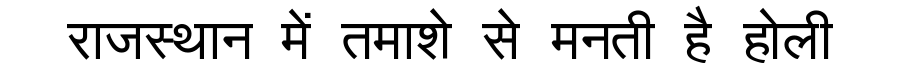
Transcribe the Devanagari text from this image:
राजस्थान में तमाशे से मनती है होली